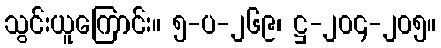
သွင်းယူကြောင်း။ ၅-ပ-၂၆၉၊ ဋ္ဌ-၂၀၄-၂၀၅။